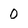
Character: 0